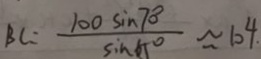
B C = \frac { 1 0 0 \sin 7 0 ^ { \circ } } { \sin 6 5 ^ { \circ } } \approx 1 0 4 .